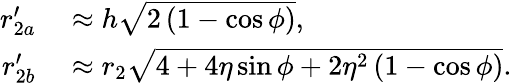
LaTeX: \begin{array}{rl}{r_{2a}^{\prime}}&{{}\approx h\sqrt{2\left(1-\cos{\phi}\right)},}\\ {r_{2b}^{\prime}}&{{}\approx r_{2}\sqrt{4+4\eta\sin{\phi}+2\eta^{2}\left(1-\cos{\phi}\right)}.}\end{array}